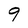
Character: 9